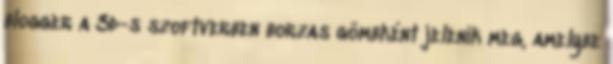
blogger a 3d-s szoftverben borzas gömbként jelenik meg, amelybe